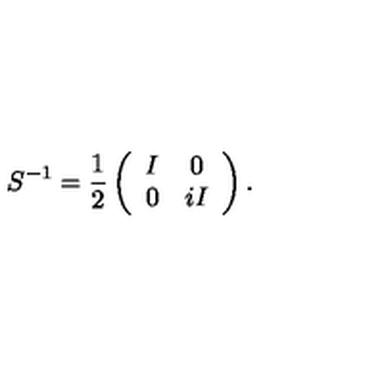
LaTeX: S ^ { - 1 } = \frac { 1 } { 2 } \left( \begin{array} { c c } { I } & { 0 } \\ { 0 } & { i I } \\ \end{array} \right) .